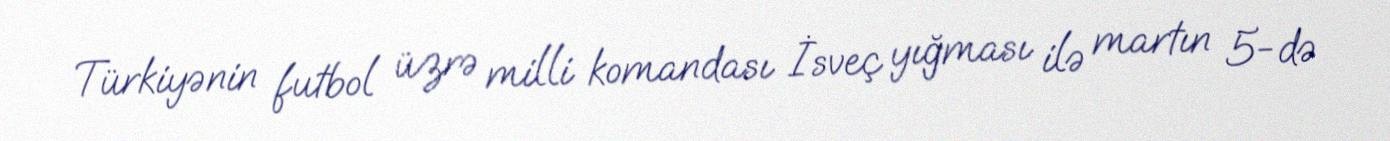
Türkiyənin futbol üzrə milli komandası İsveç yığması ilə martın 5-də